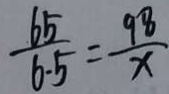
\frac { 6 5 } { 6 . 5 } = \frac { 9 8 } { x }